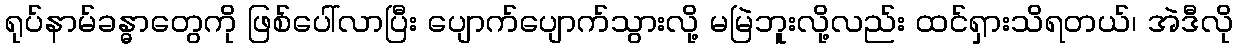
ရုပ်နာမ်ခန္ဓာတွေကို ဖြစ်ပေါ်လာပြီး ပျောက်ပျောက်သွားလို့ မမြဲဘူးလို့လည်း ထင်ရှားသိရတယ်၊ အဲဒီလို